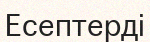
Есептерді